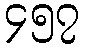
၄၅၇